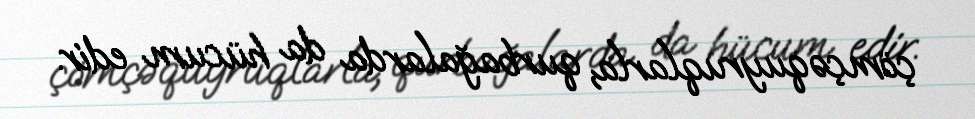
çömçəquyruqlarla, qurbağalarda da hücum edir.